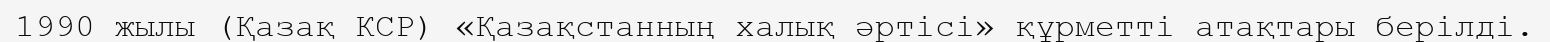
1990 жылы (Қазақ КСР) «Қазақстанның халық әртісі» құрметті атақтары берілді.